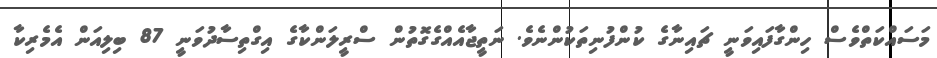
މަސައްކަތްވެސް ހިންގާފައިވަނީ ޗައިނާގެ ކުންފުނިތަކުންނެވެ. ނަތީޖާއެއްގެގޮތުން ސްރީލަންކާގެ އިގްތިސާދުވަނީ 87 ބިލިއަން އެމެރިކާ